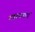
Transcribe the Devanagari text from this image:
नवरचनाएं